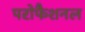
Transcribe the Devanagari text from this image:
परोफैशनल